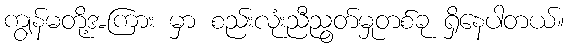
ကျွန်မတို့အကြား မှာ စည်းလုံးညီညွတ်မှုတစ်ခု ရှိနေပါတယ်။